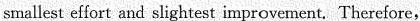
smallest effort and slightest improvement. Therefore,